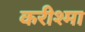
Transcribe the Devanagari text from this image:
करीश्मा